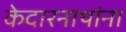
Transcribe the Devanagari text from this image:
केदारनाथांना